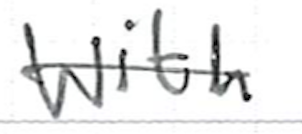
Text: with
Cross-out: single-line
Writing tool: ballpoint